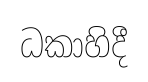
ධකාහිදී